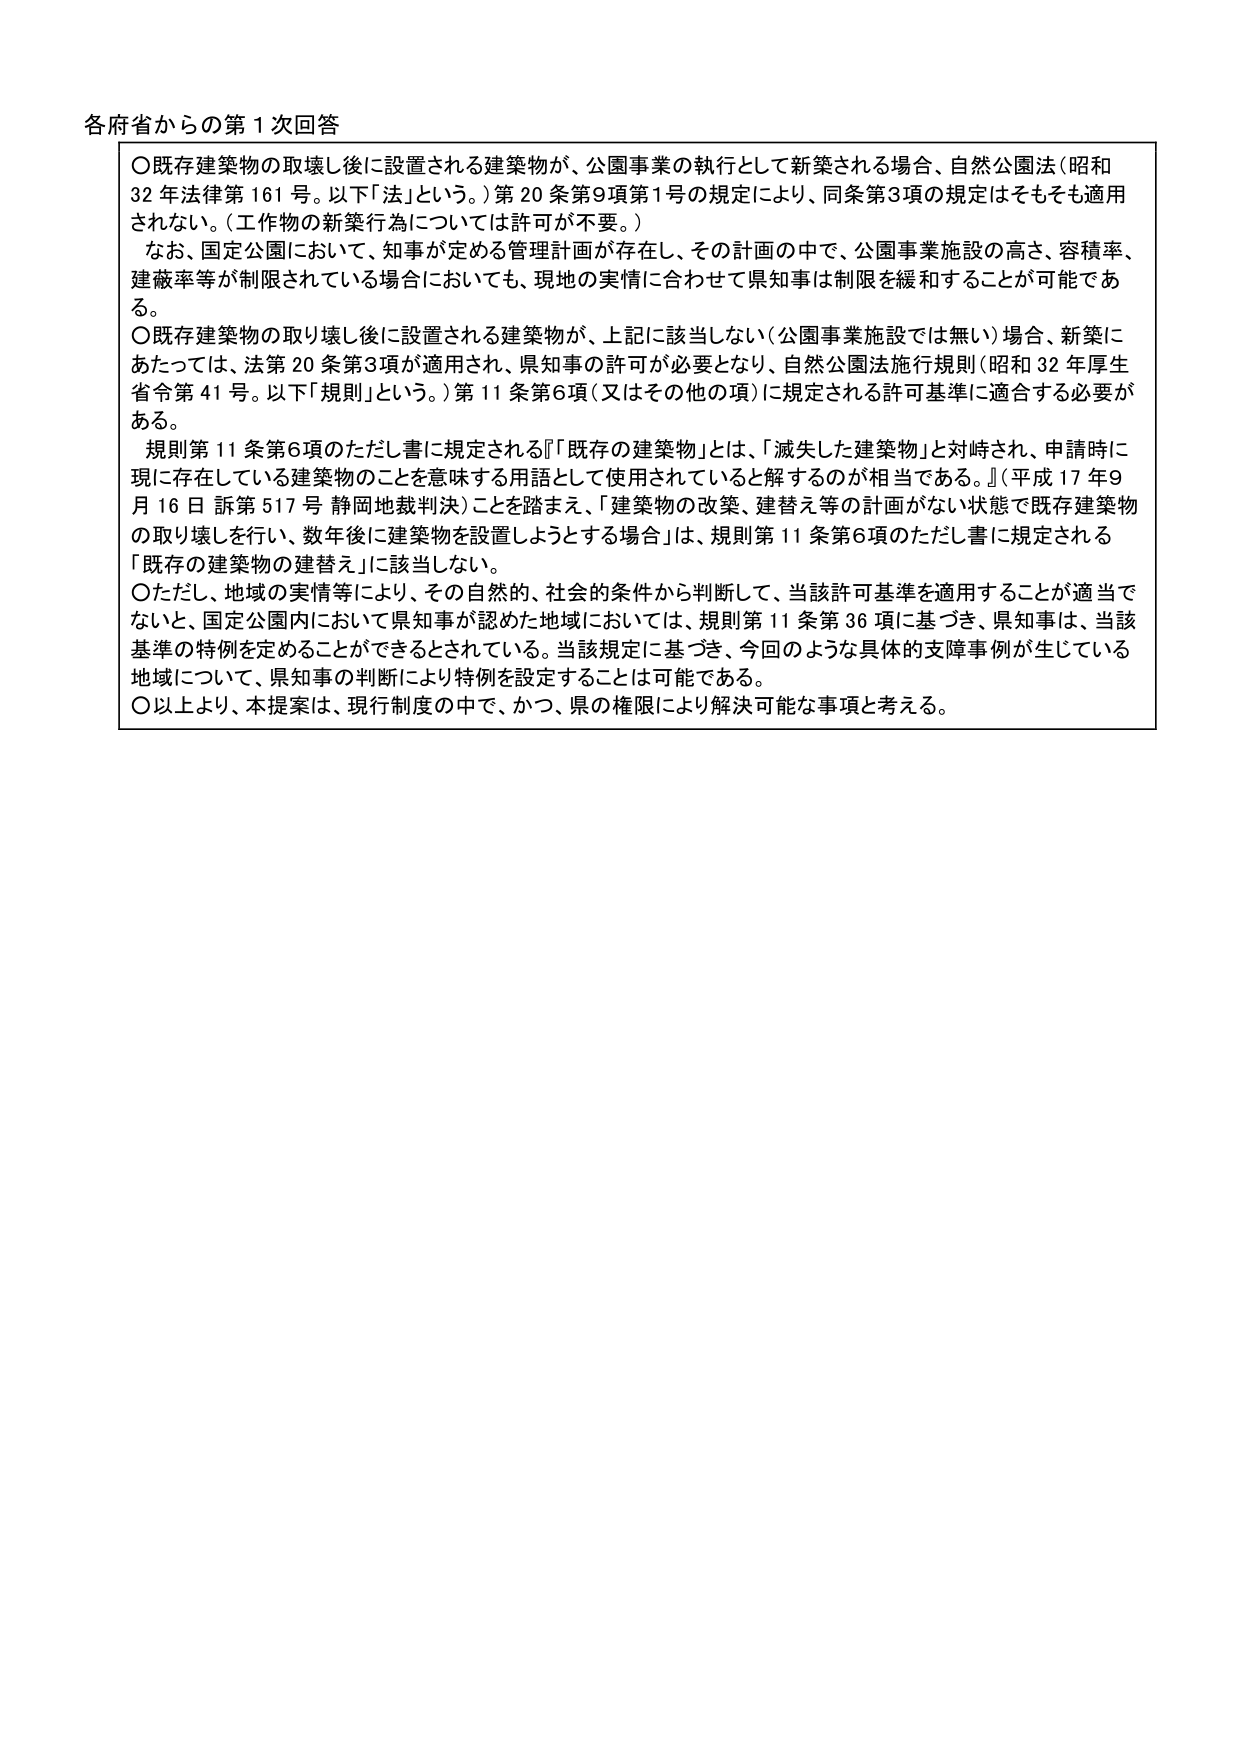
各府省からの第１次回答

〇既存建築物の取壊し後に設置される建築物が、公園事業の執行として新築される場合、自然公園法（昭和32年法律第161号。以下「法」という。）第20条第9項第1号の規定により、同条第3項の規定はそもそも適用されない。（工作物の新築行為については許可が不要。）

　なお、国定公園において、知事が定める管理計画が存在し、その計画の中で、公園事業施設の高さ、容積率、建蔽率等が制限されている場合においても、現地の実情に合わせて県知事は制限を緩和することが可能である。

〇既存建築物の取り壊し後に設置される建築物が、上記に該当しない（公園事業施設では無い）場合、新築にあたっては、法第20条第3項が適用され、県知事の許可が必要となり、自然公園法施行規則（昭和32年厚生省令第41号。以下「規則」という。）第11条第6項（又はその他の項）に規定される許可基準に適合する必要がある。

　規則第11条第6項のただし書に規定される『「既存の建築物」とは、「滅失した建築物」と対峙され、申請時に現に存在している建築物のことを意味する用語として使用されていると解するのが相当である。』（平成17年9月16日 訴第517号 静岡地裁判決）ことを踏まえ、「建築物の改築、建替え等の計画がない状態で既存建築物の取り壊しを行い、数年後に建築物を設置しようとする場合」は、規則第11条第6項のただし書に規定される「既存の建築物の建替え」に該当しない。

〇ただし、地域の実情等により、その自然的、社会的条件から判断して、当該許可基準を適用することが適当でないと、国定公園内において県知事が認めた地域においては、規則第11条第36項に基づき、県知事は、当該基準の特例を定めることができるとしている。当該規定に基づき、今回のような具体的支障事例が生じている地域について、県知事の判断により特例を設定することは可能である。

〇以上より、本提案は、現行制度の中で、かつ、県の権限により解決可能な事項と考える。